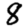
Digit: 8